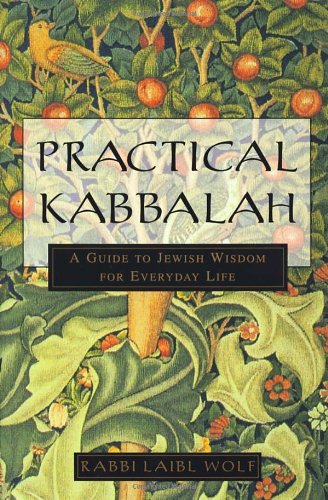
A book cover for Practical Kabbalah: A Guide to Jewish Wisdom for Everyday Life; Laibl Wolf; Religion & Spirituality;